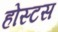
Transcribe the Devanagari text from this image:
होस्टस